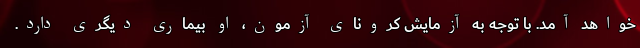
خواهد آمد. با توجه به آزمایش کرونای آزمون، او بیماری دیگری دارد.